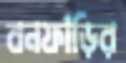
বনফাঁড়ির